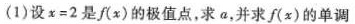
(1)设$$ x = 2$$是f(x)的极值点，求a，并求f(x)的单调